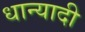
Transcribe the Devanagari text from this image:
धान्यादी